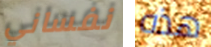
نفساني هذه